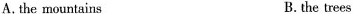
A. the mountains B.the trees